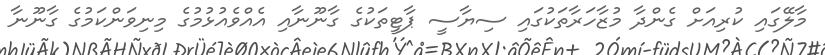
މާލޭގައި ކުރިއަށް ގެންދާ މުޒާހަރާތަކުގައި ސިޔާސީ ޕާޓީތަކުގެ ގާނޫނާއި އެއްވެއުޅުމުގެ މިނިވަންކަމުގެ ގާނޫނާ